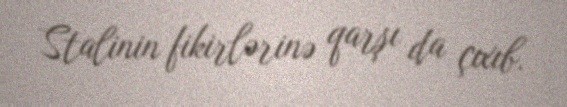
Stalinin fikirlərinə qarşı da çıxıb.